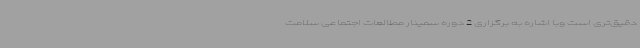
دقیق‌تری است وبا اشاره به برگزاری 2 دوره سمینار مطالعات اجتماعی سلامت